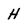
Character: H